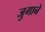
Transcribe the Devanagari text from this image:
जुगाने